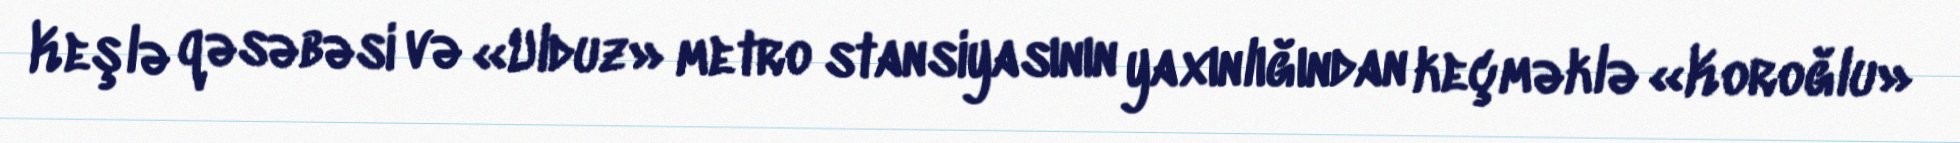
Keşlə qəsəbəsi və «Ulduz» metro stansiyasının yaxınlığından keçməklə «Koroğlu»